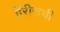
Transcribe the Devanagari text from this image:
हॅरीसची